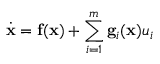
{ \dot { \mathbf { x } } } = \mathbf { f ( x ) } + \sum _ { i = 1 } ^ { m } \mathbf { g } _ { i } ( \mathbf { x } ) u _ { i }